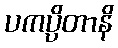
ပကပ္ပိတာနိ